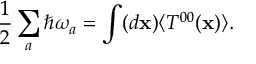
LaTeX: { \frac { 1 } { 2 } } \sum _ { a } \hbar \omega _ { a } = \int ( d { \bf x } ) \langle T ^ { 0 0 } ( { \bf x } ) \rangle .